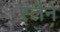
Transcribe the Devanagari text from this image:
स्लैने